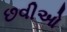
છવીઓ